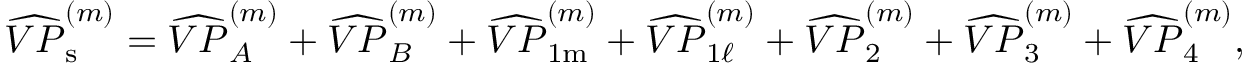
\widehat { V P } _ { \mathrm { s } } ^ { ( m ) } = \widehat { V P } _ { A } ^ { ( m ) } + \widehat { V P } _ { B } ^ { ( m ) } + \widehat { V P } _ { 1 \mathrm { m } } ^ { ( m ) } + \widehat { V P } _ { 1 \ell } ^ { ( m ) } + \widehat { V P } _ { 2 } ^ { ( m ) } + \widehat { V P } _ { 3 } ^ { ( m ) } + \widehat { V P } _ { 4 } ^ { ( m ) } ,